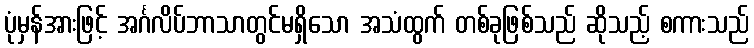
ပုံမှန်အားဖြင့် အင်္ဂလိပ်ဘာသာတွင်မရှိသော အသံထွက် တစ်ခုဖြစ်သည် ဆိုသည့် စကားသည်